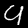
Digit: 9